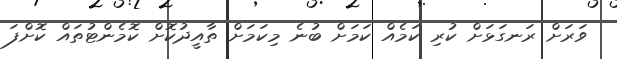
ވަރަށް ރަނގަޅަށް ކުރި ކަމެއް ކަމަށް ބުނެ މިކަމަށް ތާއީދުކޮށް ކޮމެންޓުތައް ކޮށްފަ